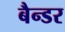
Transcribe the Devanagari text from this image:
बैन्डर